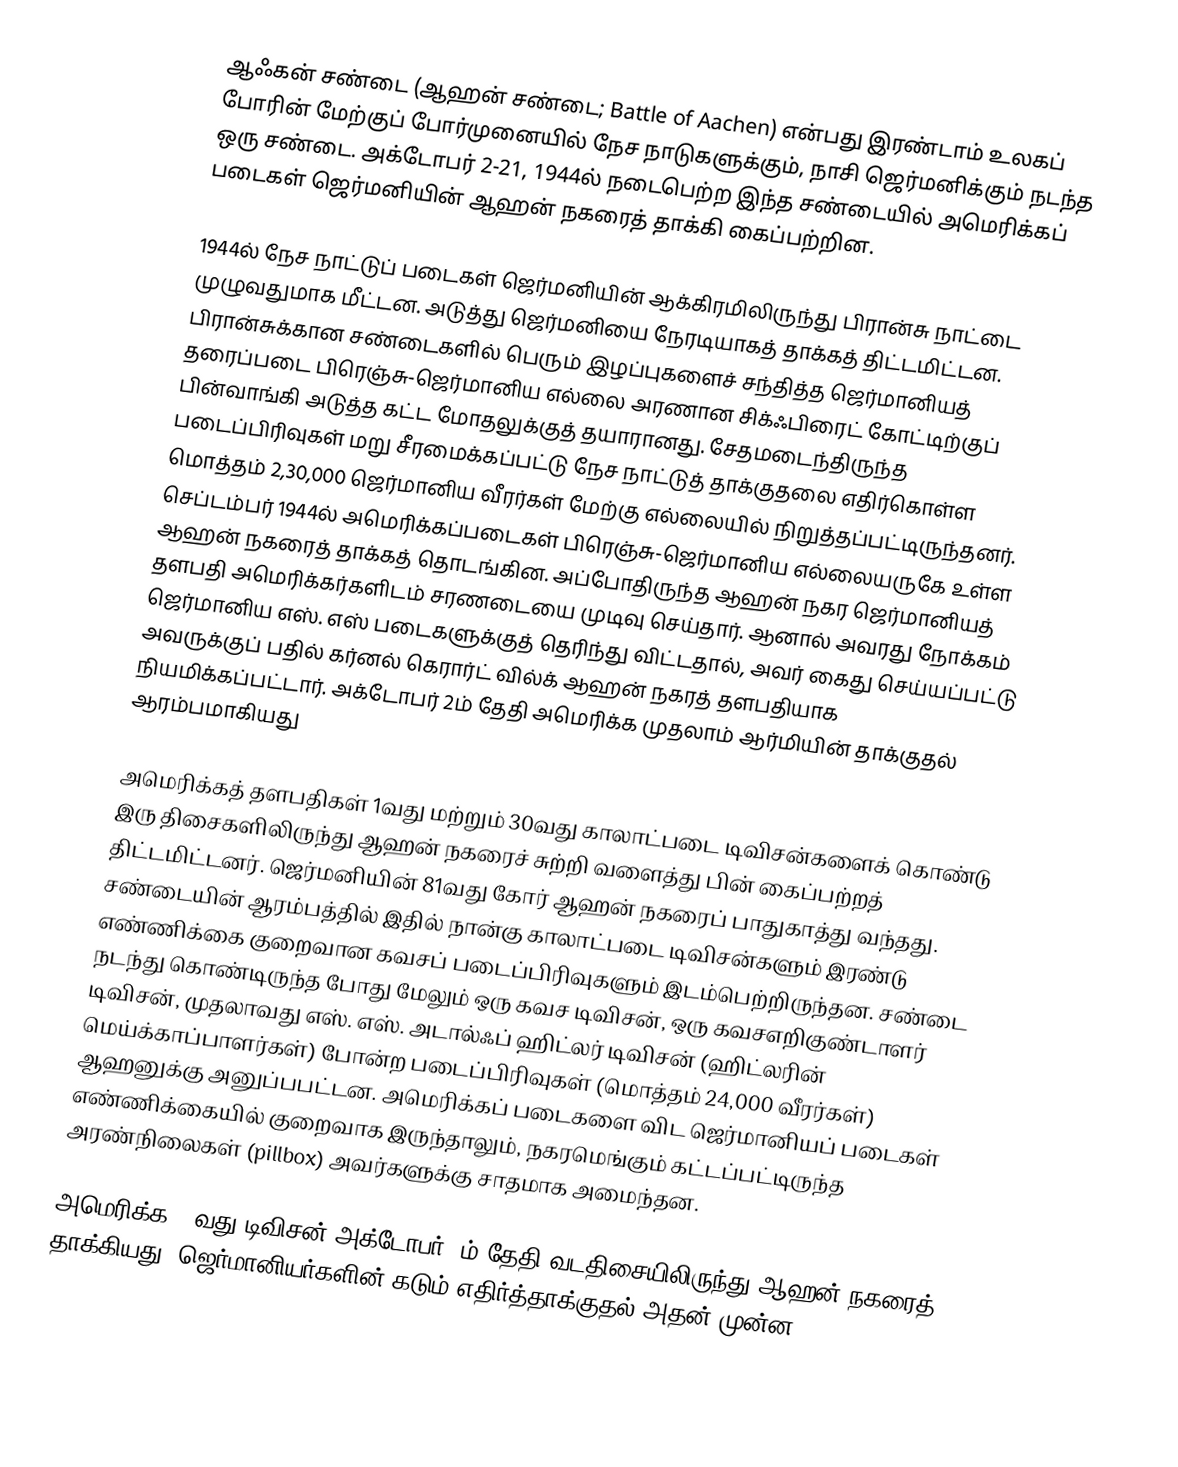
ஆஃகன் சண்டை (ஆஹன் சண்டை; Battle of Aachen) என்பது இரண்டாம் உலகப் போரின் மேற்குப் போர்முனையில் நேச நாடுகளுக்கும், நாசி ஜெர்மனிக்கும் நடந்த ஒரு சண்டை. அக்டோபர் 2-21, 1944ல் நடைபெற்ற இந்த சண்டையில் அமெரிக்கப் படைகள் ஜெர்மனியின் ஆஹன் நகரைத் தாக்கி கைப்பற்றின.

1944ல் நேச நாட்டுப் படைகள் ஜெர்மனியின் ஆக்கிரமிலிருந்து பிரான்சு நாட்டை முழுவதுமாக மீட்டன. அடுத்து ஜெர்மனியை நேரடியாகத் தாக்கத் திட்டமிட்டன. பிரான்சுக்கான சண்டைகளில் பெரும் இழப்புகளைச் சந்தித்த ஜெர்மானியத் தரைப்படை பிரெஞ்சு-ஜெர்மானிய எல்லை அரணான சிக்ஃபிரைட் கோட்டிற்குப் பின்வாங்கி அடுத்த கட்ட மோதலுக்குத் தயாரானது. சேதமடைந்திருந்த படைப்பிரிவுகள் மறு சீரமைக்கப்பட்டு நேச நாட்டுத் தாக்குதலை எதிர்கொள்ள மொத்தம் 2,30,000 ஜெர்மானிய வீரர்கள் மேற்கு எல்லையில் நிறுத்தப்பட்டிருந்தனர். செப்டம்பர் 1944ல் அமெரிக்கப்படைகள் பிரெஞ்சு-ஜெர்மானிய எல்லையருகே உள்ள ஆஹன் நகரைத் தாக்கத் தொடங்கின. அப்போதிருந்த ஆஹன் நகர ஜெர்மானியத் தளபதி அமெரிக்கர்களிடம் சரணடையை முடிவு செய்தார். ஆனால் அவரது நோக்கம் ஜெர்மானிய எஸ். எஸ் படைகளுக்குத் தெரிந்து விட்டதால், அவர் கைது செய்யப்பட்டு அவருக்குப் பதில் கர்னல் கெரார்ட் வில்க் ஆஹன் நகரத் தளபதியாக நியமிக்கப்பட்டார். அக்டோபர் 2ம் தேதி அமெரிக்க முதலாம் ஆர்மியின் தாக்குதல் ஆரம்பமாகியது

அமெரிக்கத் தளபதிகள் 1வது மற்றும் 30வது காலாட்படை டிவிசன்களைக் கொண்டு இரு திசைகளிலிருந்து ஆஹன் நகரைச் சுற்றி வளைத்து பின் கைப்பற்றத் திட்டமிட்டனர். ஜெர்மனியின் 81வது கோர் ஆஹன் நகரைப் பாதுகாத்து வந்தது. சண்டையின் ஆரம்பத்தில் இதில்  நான்கு காலாட்படை டிவிசன்களும் இரண்டு எண்ணிக்கை குறைவான கவசப் படைப்பிரிவுகளும் இடம்பெற்றிருந்தன. சண்டை நடந்து கொண்டிருந்த போது மேலும் ஒரு கவச டிவிசன், ஒரு கவசஎறிகுண்டாளர் டிவிசன், முதலாவது எஸ். எஸ். அடால்ஃப் ஹிட்லர் டிவிசன் (ஹிட்லரின் மெய்க்காப்பாளர்கள்) போன்ற படைப்பிரிவுகள் (மொத்தம் 24,000 வீரர்கள்) ஆஹனுக்கு அனுப்பபட்டன. அமெரிக்கப் படைகளை விட ஜெர்மானியப் படைகள் எண்ணிக்கையில் குறைவாக இருந்தாலும், நகரமெங்கும் கட்டப்பட்டிருந்த அரண்நிலைகள் (pillbox) அவர்களுக்கு சாதமாக அமைந்தன.

அமெரிக்க 30வது டிவிசன் அக்டோபர் 2ம் தேதி வடதிசையிலிருந்து ஆஹன் நகரைத் தாக்கியது. ஜெர்மானியர்களின் கடும் எதிர்த்தாக்குதல் அதன் முன்ன